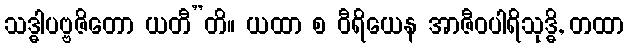
သဒ္ဓါပဗ္ဗဇိတော ယတီ”တိ။ ယထာ စ ဝီရိယေန အာဇီဝပါရိသုဒ္ဓိ, တထာ